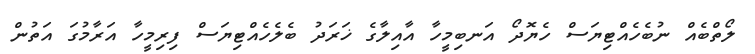
ލޯތްބެއް ނުބެހެއްޓިޔަސް ހެޔޮދޯ އަނބިމީހާ އާއިލާގެ ޚަރަދު ބެލެހެއްޓިޔަސް ފިރިމީހާ އަރާމުގަ އަތުން